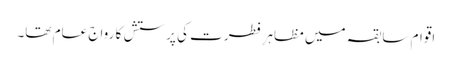
اقوام سابقہ میں مظاہرِ فطرت کی پرستش کا رواج عام تھا۔